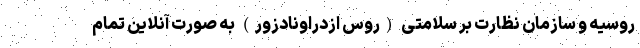
روسیه و سازمان نظارت بر سلامتی (روس ازدراونادزور) به صورت آنلاین تمام